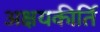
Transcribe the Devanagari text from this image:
अक्षयकीर्ति